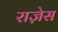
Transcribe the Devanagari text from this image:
राज़ेस